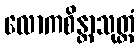
လောကစိန္တာသုတ္တံ